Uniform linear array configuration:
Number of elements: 32
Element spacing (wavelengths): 0.25
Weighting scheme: uniform
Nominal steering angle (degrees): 30
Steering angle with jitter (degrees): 29.943
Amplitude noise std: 0.05
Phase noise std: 0.05

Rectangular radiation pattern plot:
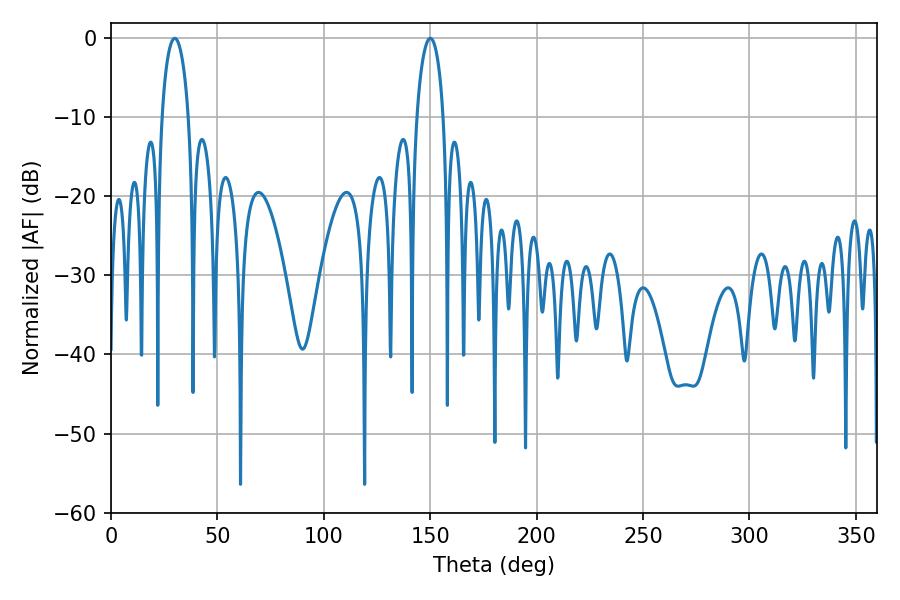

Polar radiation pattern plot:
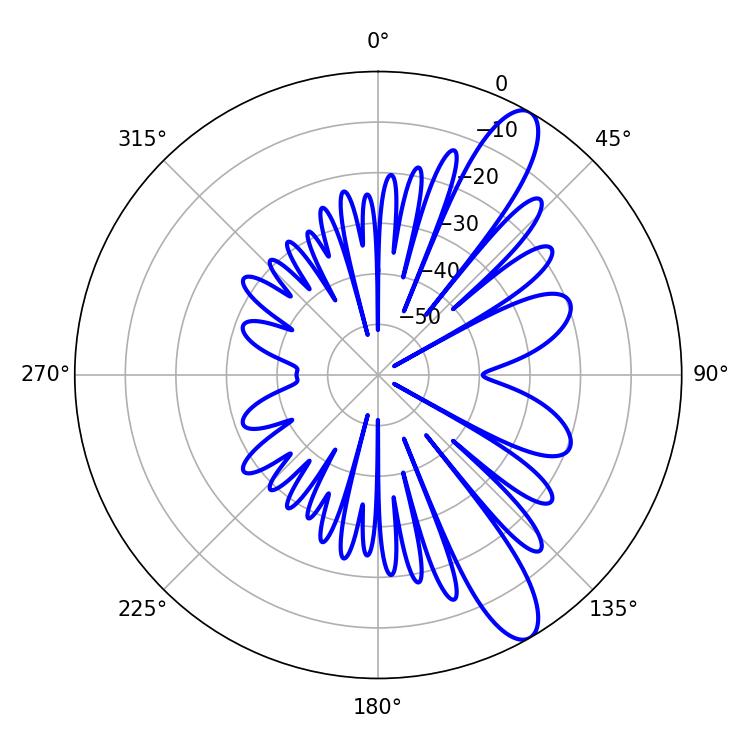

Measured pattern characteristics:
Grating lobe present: FALSE
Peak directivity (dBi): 11.39
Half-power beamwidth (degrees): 7.2
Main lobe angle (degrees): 29.88